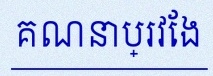
គណនាប្រវែង